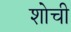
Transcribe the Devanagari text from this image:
शोची